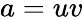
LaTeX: a=uv